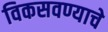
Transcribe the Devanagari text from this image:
विकसवण्याचे